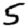
Digit: 5